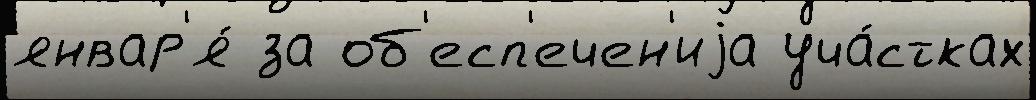
январ'я́ за об'есп'ечен'иjа уча́стках